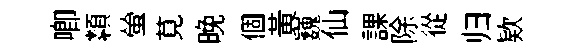
唧纇螢莧晚個黄巍仙課除從归欵